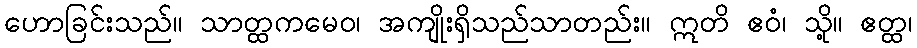
ဟောခြင်းသည်။ သာတ္ထကမေဝ၊ အကျိုးရှိသည်သာတည်း။ ဣတိ ဧဝံ၊ သို့။ ဧတ္ထ၊